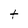
Character: t